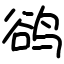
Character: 鹆